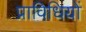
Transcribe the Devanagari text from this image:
प्राविधियों